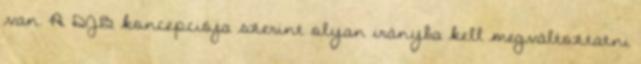
van. A DJB koncepciója szerint olyan irányba kell megváltoztatni